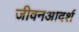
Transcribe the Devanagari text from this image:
जीवनआदर्श